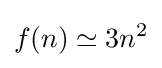
f(n)\simeq 3n^{2}